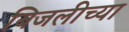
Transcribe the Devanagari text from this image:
बिजलीच्या